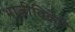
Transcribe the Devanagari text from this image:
भाजीविक्रेते